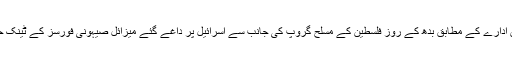
فلسطینی خبر رساں ادارے کے مطابق بدھ کے روز فلسطین کے مسلح گروپ کی جانب سے اسرائیل پر داغے گئے میزائل صیہونی فورسز کے ٹینک حملوں کا جواب تھا۔